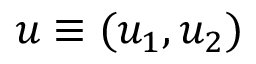
u \equiv ( u _ { 1 } , u _ { 2 } )